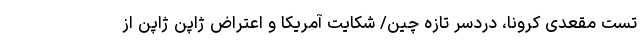
تست مقعدی کرونا، دردسر تازه چین/ شکایت آمریکا و اعتراض ژاپن ژاپن از